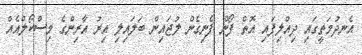
އެނދުމަތީގައި ދިއްލިފައި އޮތް ފޯން ފެނިގެން ލުޖައިން ބަލައިލި އިރު އާރިންގެ މިސްކޯލްއެއް